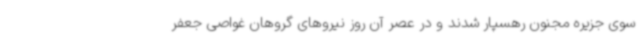
سوی جزیره مجنون رهسپار شدند و در عصر آن روز نیروهای گروهان غواصی جعفر